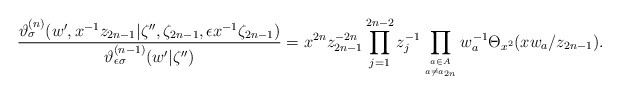
\begin{align*}\displaystyle \frac{\vartheta_{\sigma}^{(n)}(w', x^{-1}z_{2n-1} |\zeta'',\zeta_{2n-1}, \epsilon x^{-1} \zeta_{2n-1})}{\vartheta_{\epsilon\sigma}^{(n-1)}(w' |\zeta'')}=\displaystyle x^{2n}z_{2n-1}^{-2n}\prod_{j=1}^{2n-2} z_j^{-1} \prod_{a\in A\atop a\neq a_{2n}}w_a^{-1} \Theta_{x^2}(x w_{a}/z_{2n-1}). \end{align*}